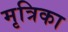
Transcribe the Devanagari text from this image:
मृत्रिका